Report on the cholera epidemic of
Year: 1868
Disease focus: Cholera
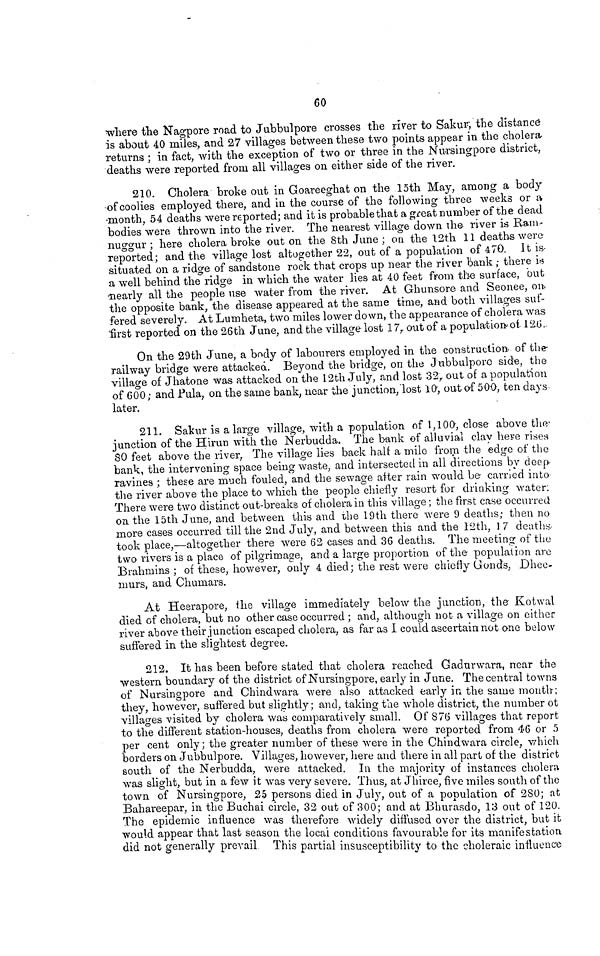
60
where the Nagpore road to Jubbulpore crosses the river to Sakur, the distance
is about 40 miles, and 27 villages between these two points appear in the cholera-
returns ; in fact, with the exception of two or three in the Nursingpore district,
deaths were reported from all villages on either side of the river.
210. Cholera broke out in Goareeghat on the loth May, among a body
of coolies employed there, and in the course of the following three weeks or a
month, 54 deaths were reported; and it is probable that a great number of the dead
bodies were thrown into the river. The nearest village down the river is Ram-
nuggur ; here cholera broke out on the 8th June; on the 12th 11 deaths were
reported; and the villagelost altogether 22, out of a population of 470. It is
situated on a ridge of sandstone rock that crops up near the river bank ; there is
a well behind the ridge in which the water lies at 40 feet from the surface, but
nearly all the people use water from the river. At Ghunsore and Seonee, on.
the opposite bank, the disease appeared at the same time, and both villages suf-
fered severely. At Lumbeta, two miles lower down, the appearance of cholera was
first reported on the 26th June, and the village lost 17, out of a population of 126.-
On the 29th June, a body of labourers employed in the construction of the
railway bridge were attacked. Beyond the bridge, on the Jubbulpore side, the
village of Jhatone was attacked on the 12th July, and lost 32, out of a population
of 600; and Fula, on the same bank, near the junction, lost 10, out of 500, ten clays
later.
211. Sakur is a large village, with a population of 1,100, close above the
junction of the Hirun with the Nerbudda. The bank of alluvial clay here rises
80 feet above the river, The village lies back half a mile from the edge of the
bank, the intervening space being waste, and intersected in all directions by deep
ravines ; these are much fouled, and the sewage after rain would be carried into
the river above the place to which the people chiefly resort for drinking water.
There were two distinct out-breaks of cholera in this village ; the first case occurred
on the 15th June, and between this and the 19th there were 9 deaths; then no
more cases occurred till the 2nd July, and between this and the 12th, 1 7 deaths
took place,—altogether there were 62 cases and 36 deaths. The meeting of the
two rivers is a place of pilgrimage, and a large proportion of the population are
Brahmins ; of these, however, only 4 died; the rest were chiefly Gonds, Dhee-
rnurs, and Chumars.
At Heerapore, the village immediately below the junction, the Kotwal
died of cholera, but no other case occurred ; and, although not a village on either
river above their junction escaped cholera, as far as I could ascertain not one below
suffered in the slightest degree.
212. It has been before stated that cholera reached Gadurwara, near the
western boundary of the district of Nursingpore, early in June. The central towns
of Nursingpore and Chindwara were also attacked early in the same month;
they, however, suffered but slightly; and, taking the whole district, the number of
villages visited by cholera was comparatively small. Of 876 villages that report
to the different station-houses, deaths from cholera were reported from 46 or 5
per cent only; the greater number of these were in the Chindwara circle, which
borders on Jubbulpore. Villages, however, here and there in all part of the district
south of the Nerbudda, were attacked. In the majority of instances cholera
was slight, but in a few it was very severe. Thus, at Jhiree, five miles south of the
town of Nursingpore, 25 persons died in July, out of a population of 280; at
Bahareepar, in the Bûchai circle, 32 out of 300; and at Bhurasdo, 13 out of 120.
The epidemic influence was therefore widely diffused over the district, but it
would appear that last season the local conditions favourable for its manifestation
did not generally prevail This partial insusceptibility to the choleraic influence